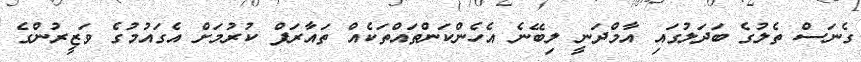
ގެނަސް ތެލުގެ ބަދަލުގައި އާމްދަނީ ލިބޭނެ އެހެންކަންތައްތަކެއް ތައާރަފް ކުރުމަށް އެގައުމުގެ ވަޒީރުންގެ